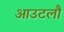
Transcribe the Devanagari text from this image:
आउटलौ